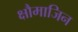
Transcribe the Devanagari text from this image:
क्षौमाजिन